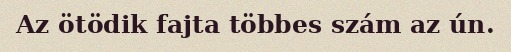
Az ötödik fajta többes szám az ún.